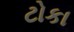
ટોકા